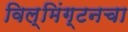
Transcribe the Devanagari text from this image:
विल्मिंग्टनचा